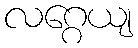
လဂ္ဂေယျ